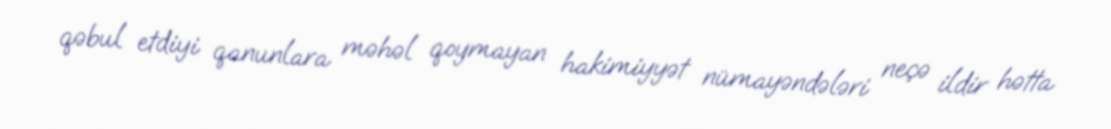
qəbul etdiyi qanunlara məhəl qoymayan hakimiyyət nümayəndələri neçə ildir hətta